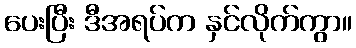
ပေးပြီး ဒီအရပ်က နှင်လိုက်ကွာ။